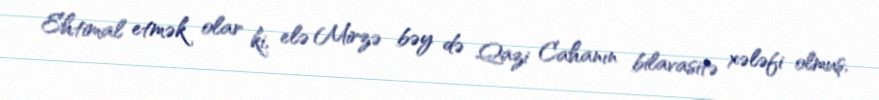
Ehtimal etmək olar ki, elə Mirzə bəy də Qazi Cahanın bilavasitə xələfi olmuş,